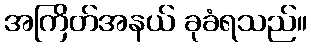
အကြိတ်အနယ် ခုခံရသည်။